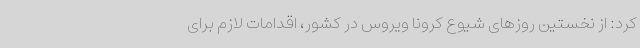
کرد: از نخستین روزهای شیوع کرونا ویروس در کشور، اقدامات لازم برای